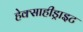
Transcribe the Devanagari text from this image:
हेक्साहीड्राइट